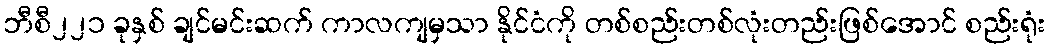
ဘီစီ၂၂၁ ခုနှစ် ချင်မင်းဆက် ကာလကျမှသာ နိုင်ငံကို တစ်စည်းတစ်လုံးတည်းဖြစ်အောင် စည်းရုံး